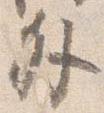
外